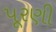
પૂરણી